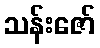
သန်းဇော်